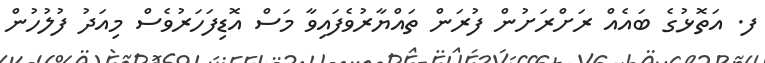
ފ. އަތޮޅުގެ ބައެއް ރަށްރަށުން ފުރަން ތައްޔާރުވެފައިވާ މަސް އޮޑިފަހަރުވެސް މިއަދު ފުލުހުން